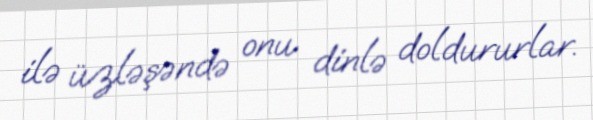
ilə üzləşəndə onu dinlə doldururlar.